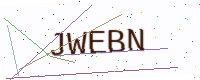
Text: JWEBN